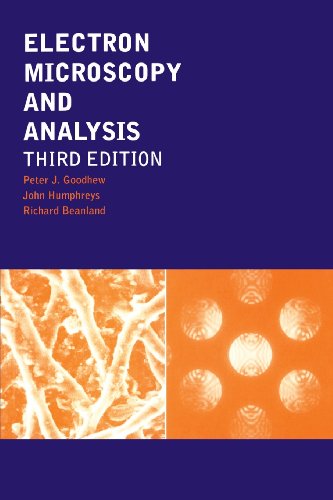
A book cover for Electron Microscopy and Analysis, Third Edition; Peter J. Goodhew; Science & Math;